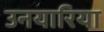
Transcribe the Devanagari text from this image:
उनयारिया